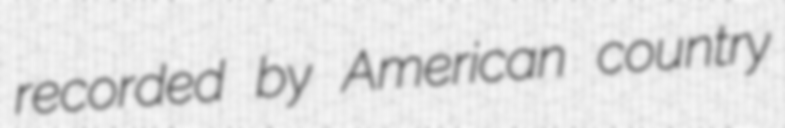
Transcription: recorded by American country